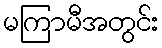
မကြာမီအတွင်း